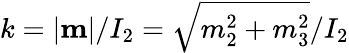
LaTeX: k=|{\mathbf m}|/I_{2}=\sqrt{m_{2}^{2}+m_{3}^{2}}/I_{2}